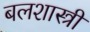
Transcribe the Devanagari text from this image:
बलशास्त्री